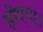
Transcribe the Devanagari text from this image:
होएगा।